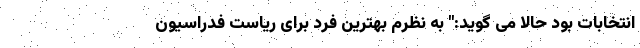
انتخابات بود حالا می گوید:" به نظرم بهترین فرد برای ریاست فدراسیون